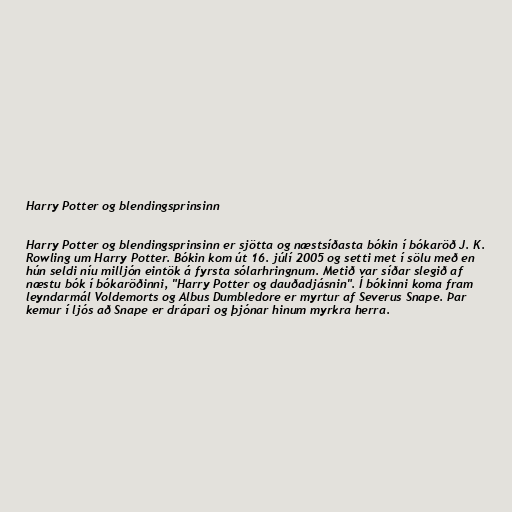
Harry Potter og blendingsprinsinn

Harry Potter og blendingsprinsinn er sjötta og næstsíðasta bókin í bókaröð J. K.
Rowling um Harry Potter. Bókin kom út 16. júlí 2005 og setti met í sölu með en
hún seldi níu milljón eintök á fyrsta sólarhringnum. Metið var síðar slegið af
næstu bók í bókaröðinni, "Harry Potter og dauðadjásnin". Í bókinni koma fram
leyndarmál Voldemorts og Albus Dumbledore er myrtur af Severus Snape. Þar
kemur í ljós að Snape er drápari og þjónar hinum myrkra herra.